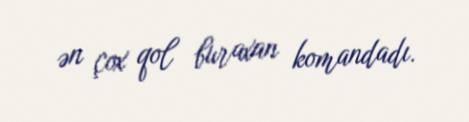
ən çox qol buraxan komandadı.